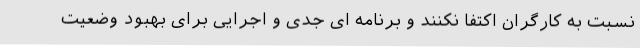
نسبت به کارگران اکتفا نکنند و برنامه ای جدی و اجرایی برای بهبود وضعیت